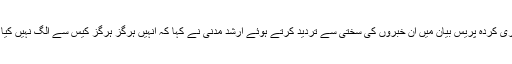
ایک جاری کردہ پریس بیان میں ان خبروں کی سختی سے تردید کرتے ہوئے ارشد مدنی نے کہا کہ انہیں ہرگز ہرگز کیس سے الگ نہیں کیا گیا ہے۔